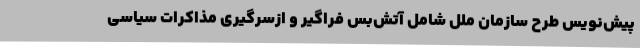
پیش‌نویس طرح سازمان ملل شامل آتش‌بس فراگیر و ازسرگیری مذاکرات سیاسی